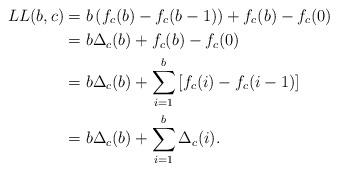
LaTeX: \begin{align*} LL(b,c)&=b\left(f_c(b)-f_c(b-1)\right)+f_c(b)-f_c(0)\\ &=b\Delta_c(b)+f_c(b)-f_c(0)\\ &=b\Delta_c(b)+\sum_{i=1}^b\left[f_c(i)-f_c(i-1)\right]\\ &=b\Delta_c(b)+\sum_{i=1}^b\Delta_c(i). \end{align*}